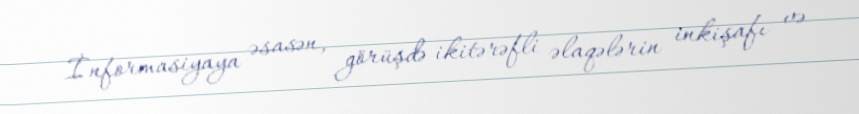
İnformasiyaya əsasən, görüşdə ikitərəfli əlaqələrin inkişafı və